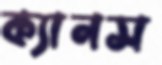
ক্যানস